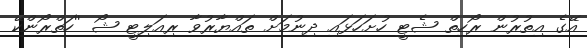
އޭގެ އިތުރުން ރޯހިތް ޝެޓީ ހުށަހަޅައި ދިނުމަށް ތައްޔާރުވާ ރިއަލިޓީ ޝޯ ''ހަތްރޯންކޭ